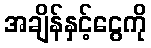
အချိန်နှင့်ငွေကို